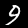
Digit: 9